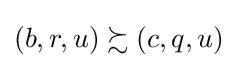
\left(b,r,u\right)\succsim \left(c,q,u\right)